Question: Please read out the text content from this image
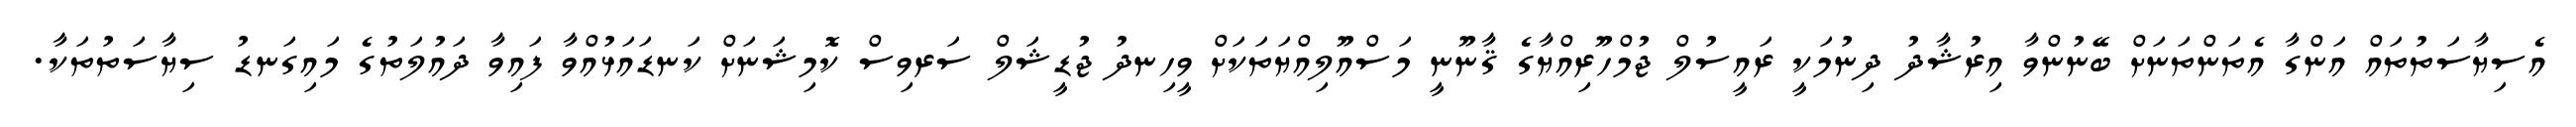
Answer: އެސިޔާސަތުތައް އަންގާ އެތަންތަނަށް ބޭނުންވާ އިރުޝާދު ދިނުމަކީ ރައީސުލް ޖުމްހޫރިއްޔާގެ ޤާނޫނީ މަސްއޫލިއްޔަތަކަށް ވީހިނދު ޖުޑީޝަލް ސަރވިސް ކޮމިޝަނަށް ކަނޑައަޅުއްވާ ފައިވާ ދައުލަތުގެ މައިގަނޑު ސިޔާސަތުތަކާ.